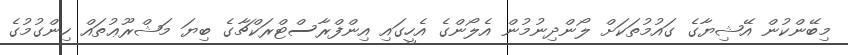
މިބޭންކުން އޭޝިޔާގެ ގައުމުތަކަށް ލޯންދިނުމުން އެލޯންގެ އެހީގައި އިންފްރާސްޓްރަކްޗާގެ ބިޔަ މަޝްރޫޢުތައް ހިންގުމުގެ